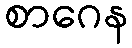
စာဂေန